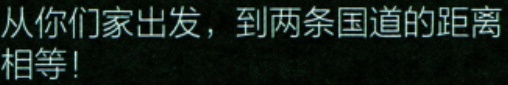
从你们家出发，到两条国道的距离相等！